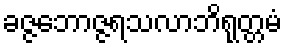
ခဇ္ဇဘောဇ္ဇရသလာဘိရုတ္တမံ